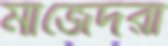
মাজেদরা